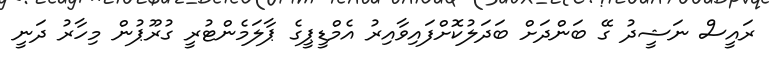
ރައީސް ނަޝީދު ގޭ ބަންދަށް ބަދަލުކޮށްފައިވާއިރު އެމްޑީޕީގެ ޕާލަމެންޓުރީ ގުރޫޕުން މިހާރު ދަނީ